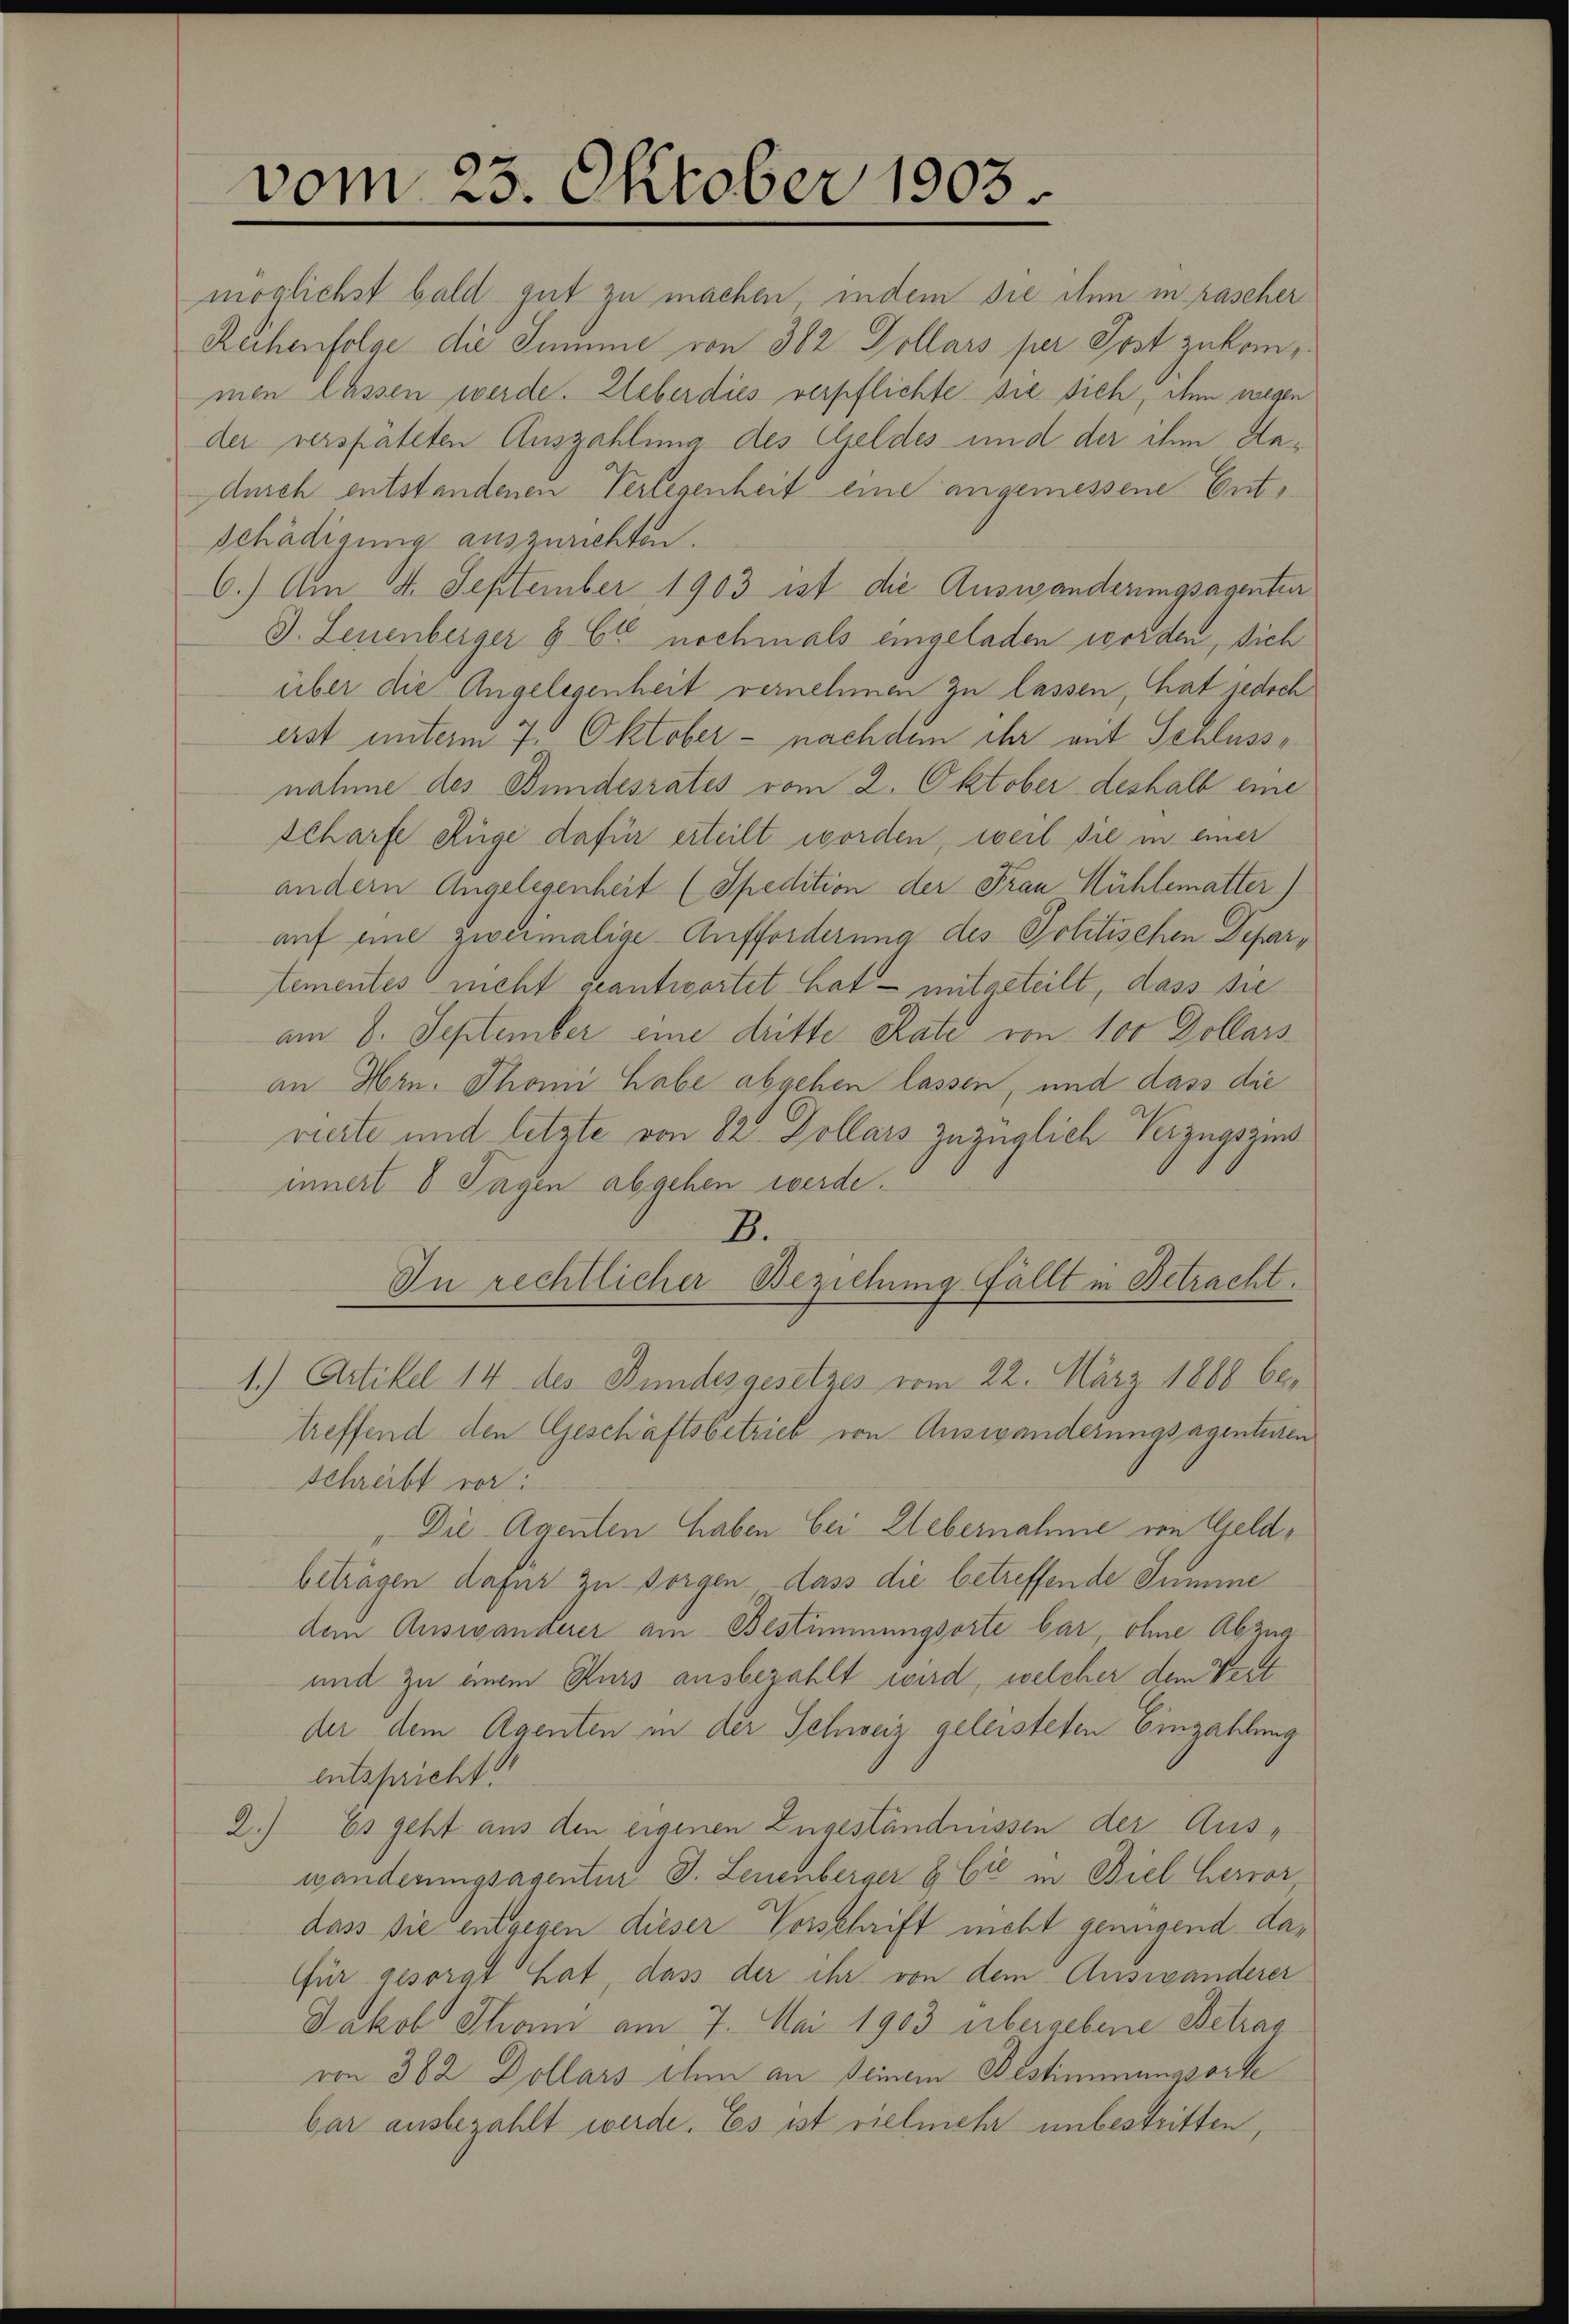
vom 23. Oktober 1903.

möglichst bald gut zu machen, indem sie ihm in rascher
Reihenfolge die Summe von 302 Dollars per Jost zukommen lassen werde. Ueber dies verpflichte sie sich, ihm wegen
der verspäteten Auszahlung des Geldes und der ihm da¬
Aurch entstandenen Verlegenheit eine angemessene Entschädigung auszurichten.
6.) Am 4. September 1903 ist die Auswanderungsagenten
J. Leuenberger § 62 nochmals eingeladen worden, sich
über die Angelegenheit vernehmen zu lassen, hat jedoch
erst unterm 7. Oktober - nachdem ihr mit Schlusse
nahme des Bundesrates vom 2. Oktober deshalb eine
tcharfe Rüge dafür erteilt worden, weil sie in einer
andern Angelegenheit (Spedition der Frau Kühlematter)
auf eine zweimalige Aufforderung des Politischen Departementes nicht geantwortet hat - mitgeteilt, dass sie
am 8. September eine dritte Rate von 100 Dollars
an Hrn. Thoni habe abgehen lassen, und dass die
vierte und letzte von 82 Dollars zuzüglich Verzugszins
innert 8 Tagen abgehen werde.
B.
In rechtlicher Beziehung fällt in Betracht.
1.) Artikel 14 des Bundesgesetzes vom 22. März 1868 betreffend den Geschäftsbetrieb von Auswanderungsagenturen
Schreibt vor.
Die Agenten haben bei Lebernahme von Geldbeträgen dafür zu sorgen dass die betreffende Summe
dem Auswanderer am Bestimmungsorte bar, ohne Abzug
und zu einem Kurs ausbezahlt wird, welcher dem Vert
der dem Agenten in der Schweiz geleisteten Einzahlung
entspricht
2.) Es geht aus den eigenen Zugeständnissen der Aus-
wanderungsagentur J. Leuenberger & Cie in Biel hervor
dass sie entgegen dieser Vorschrift nicht genügend dafür gesorgt hat, dass der ihr von dem Auswanderer
Jakob Tham am 7. Mai 1903 übergebene Betrag
von 362 Dollars ihm an seinem Bestimmungsorte
bar ausbezahlt werde. Es ist vielmehr unbestritten,